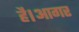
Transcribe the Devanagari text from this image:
है।आगर